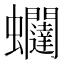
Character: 𧖆